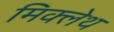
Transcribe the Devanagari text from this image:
मिक्लेथ